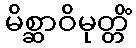
မိစ္ဆာဝိမုတ္တိံ